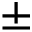
\pm